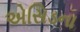
એસિડના